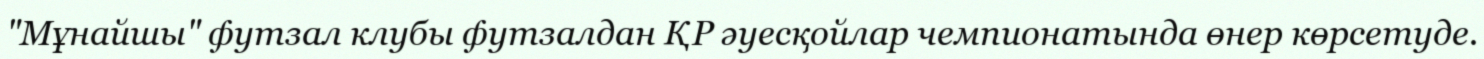
"Мұнайшы" футзал клубы футзалдан ҚР әуесқойлар чемпионатында өнер көрсетуде.